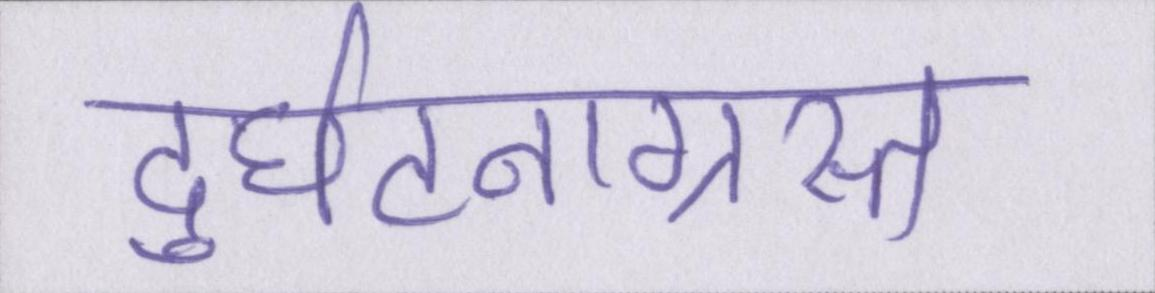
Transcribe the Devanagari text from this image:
दुर्घटनाग्रस्त